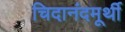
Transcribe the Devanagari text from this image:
चिदानंदमूर्थी